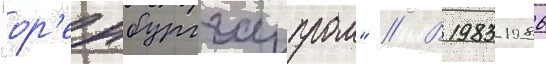
"ор'енбурггазпром" // В 1983-1986